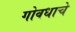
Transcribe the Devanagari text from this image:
गोवधाचे